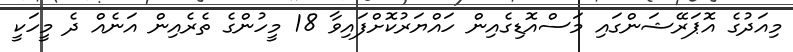
މިއަދުގެ އޮޕަރޭޝަންގައި މަސްއޮޑިގެއިން ހައްޔަރުކޮށްފައިވާ 18 މީހުންގެ ތެރެއިން އަނެއް ދެ މީހަކީ